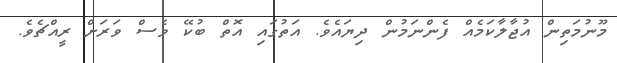
މޫނުމަތިން އުޖާލާކަމެއް ފެންނަމުން ދިޔައެވެ. އަތުގައި އޮތް ބުކޭ ވެސް ވަރަށް ރީއްޗެވެ.